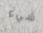
شيء